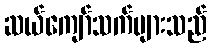
ဆယ်ကျော်သက်များသည်